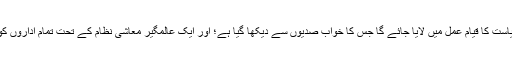
ایک آزاد اور طاقتور یہودی ریاست کا قیام عمل میں لایا جائے گا جس کا خواب صدیوں سے دیکھا گیا ہے؛ اور ایک عالمگیر معاشی نظام کے تحت تمام اداروں کو اس کے زیراثر کیا جائے گا۔